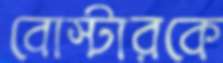
বোস্টারকে